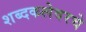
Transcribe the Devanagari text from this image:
शब्दकलेवरचे